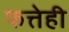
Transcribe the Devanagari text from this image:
फत्तेही